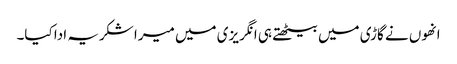
انھوں نے گاڑی میں بیٹھتے ہی انگریزی میں میرا شکریہ ادا کیا۔